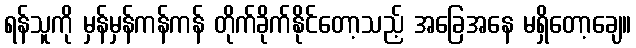
ရန်သူကို မှန်မှန်ကန်ကန် တိုက်ခိုက်နိုင်တော့သည့် အခြေအနေ မရှိတော့ချေ။